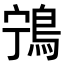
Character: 𬷌